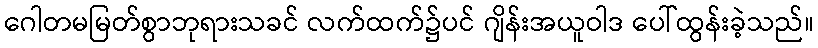
ဂေါတမမြတ်စွာဘုရားသခင် လက်ထက်၌ပင် ဂျိန်းအယူဝါဒ ပေါ်ထွန်းခဲ့သည်။